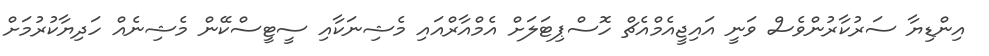
އިންޑިޔާ ސަރުކާރުންވެސް ވަނީ އައިޖީއެމްއެޗް ހޮސްޕިޓަަލަށް އެމްއާރްއައި މެޝިނަކާއި ސީޓީސްކޭން މެޝިނެއް ހަދިޔާކުރުމަށް